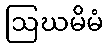
ဩဃမိမံ